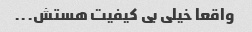
واقعا خیلی بی کیفیت هستش...